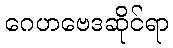
ဂေဟဗေဒဆိုင်ရာ